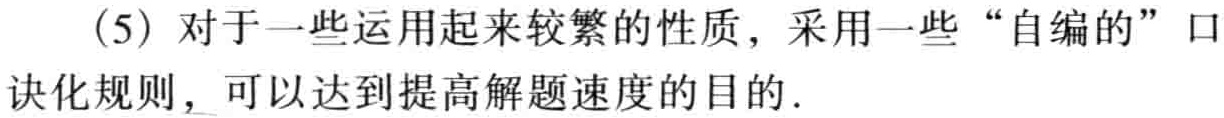
（5）对于一些运用起来较繁的性质，采用一些“自编的”口诀化规则，可以达到提高解题速度的目的.